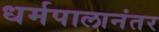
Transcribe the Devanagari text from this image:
धर्मपालानंतर